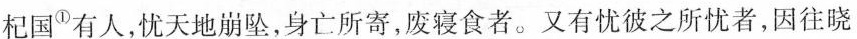
杞国^{①}有人，优天地崩坠，身亡所寄，废寝食者。又有忧彼之所忧者，因往晓